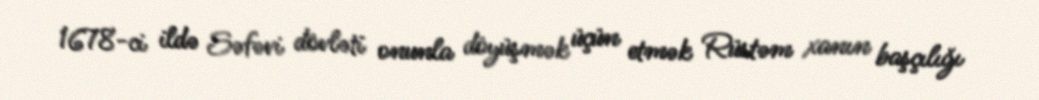
1678-ci ildə Səfəvi dövləti onunla döyüşmək üçün etmək Rüstəm xanın başçılığı